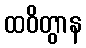
ထဝိတွာန